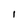
Character: I